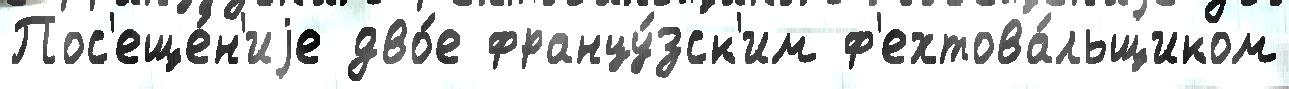
Пос'еще́н'иjе дво́е францу́зск'им ф'ехтова́льщиком